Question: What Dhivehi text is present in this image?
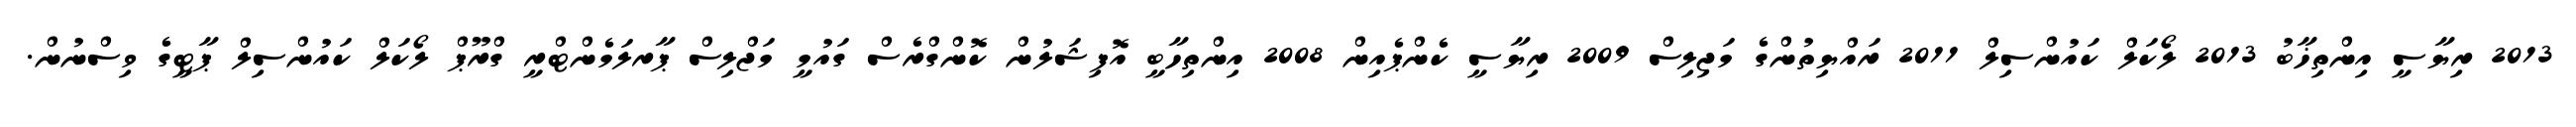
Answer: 2013 ރިޔާސީ އިންތިޚާބު 2013 ލޯކަލް ކައުންސިލް 2011 ރައްޔިތުންގެ މަޖިލިސް 2009 ރިޔާސީ ކެންޕެއިން 2008 އިންތިހާބީ އޮފިޝަލުން ކޮންގްރެސް ގައުމީ މަޖްލިސް ޕާރލަމެންޓްރީ ގްރޫޕް ލޯކަލް ކައުންސިލް ޕާޓީގެ ވިސްނުން.